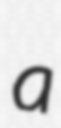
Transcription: a